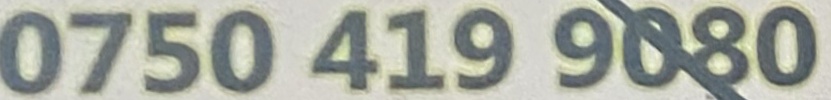
0750 419 9080